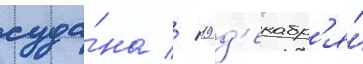
суда́на // 19 д'екабр'я́